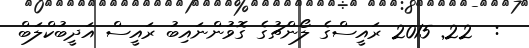
:  22